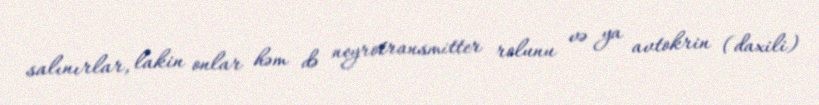
salınırlar, lakin onlar həm də neyrotransmitter rolunu və ya avtokrin (daxili)